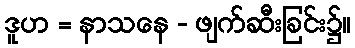
ဒူဟ = နာသနေ - ဖျက်ဆီးခြင်း၌။